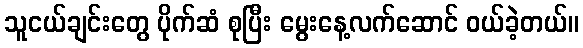
သူငယ်ချင်းတွေ ပိုက်ဆံ စုပြီး မွေးနေ့လက်ဆောင် ဝယ်ခဲ့တယ်။